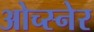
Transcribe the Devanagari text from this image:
ओच्स्नेर